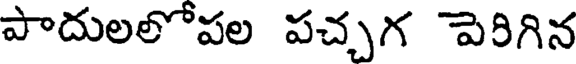
పాదులలోపల పచ్చగ పెరిగిన